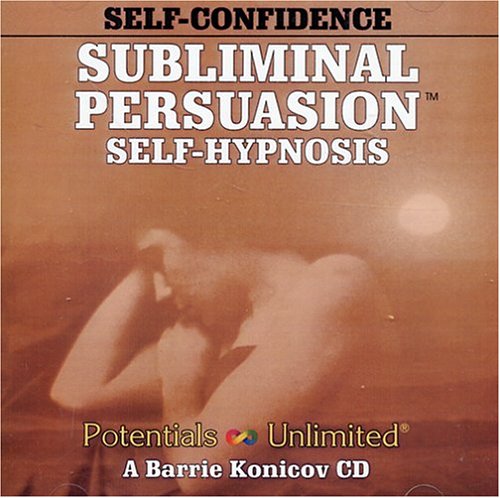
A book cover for Self-Confidence: A Subliminal/Self-Hypnosis Program (Subliminal Persuasion Self-Hypnosis); Barrie L. Konicov; Self-Help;